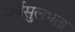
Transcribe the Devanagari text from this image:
सर्वसुलभता